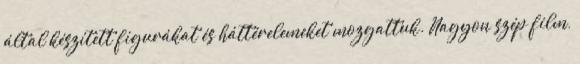
által készített figurákat és háttérelemeket mozgattuk. Nagyon szép film,